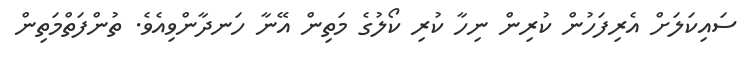
ސައިކަލަށް އެރިފަހުން ކުރިން ނިހާ ކުރި ކޯލުގެ މަތިން އޭނާ ހަނދާންވިއެވެ. ތުންފަތްމަތިން